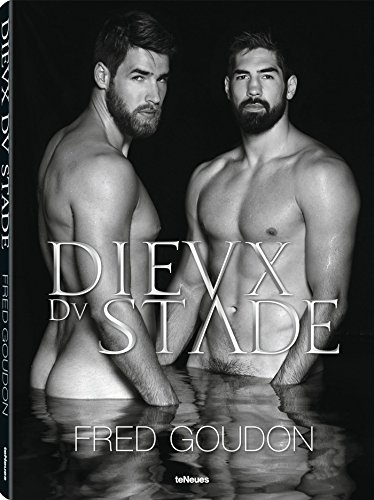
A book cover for Dieux du Stade; Arts & Photography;